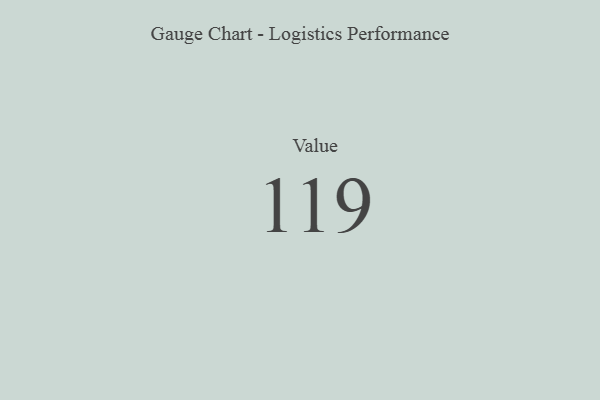
{"axis": {"x": "Metric", "y": "Value"}, "legend": [""], "data": [{"x": "Value", "y": 119, "type": ""}]}